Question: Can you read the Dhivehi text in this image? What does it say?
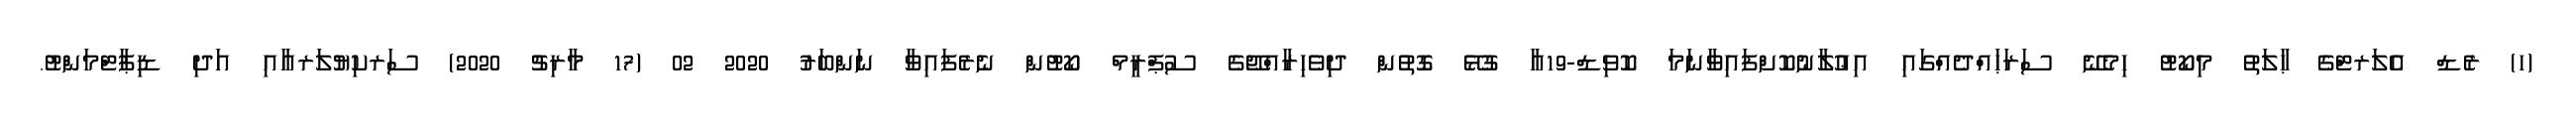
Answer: (ހ) ރެޑް އެލަރޓްގެ ޙާލަތު މިކޯޓު ހިމެނޭ ސަރަޙައްދެއްގައި އިޢުލާނުކޮށްފައިވާނަމަ ކޮވިޑް-19އާ ގުޅޭ ގޮތުން ދިވެހިރާއްޖޭގެ ސުޕްރީމް ކޯޓުން ނެރެފައިވާ ނަންބަރު 2020 02 (17 މާރިޗު 2020) ސަރކިޔުލަރއާއި އަދި ޑިޕާޓްމަންޓު.